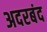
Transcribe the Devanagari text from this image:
अदरबंद